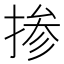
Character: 掺